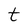
Character: t